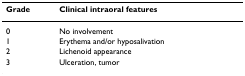
| Grade | Clinical intraoral features |
 | --- | --- |
 | 0 | No involvement |
 | 1 | Erythema and/or hyposalivation |
 | 2 | Lichenoid appearance |
 | 3 | Ulceration, tumor |